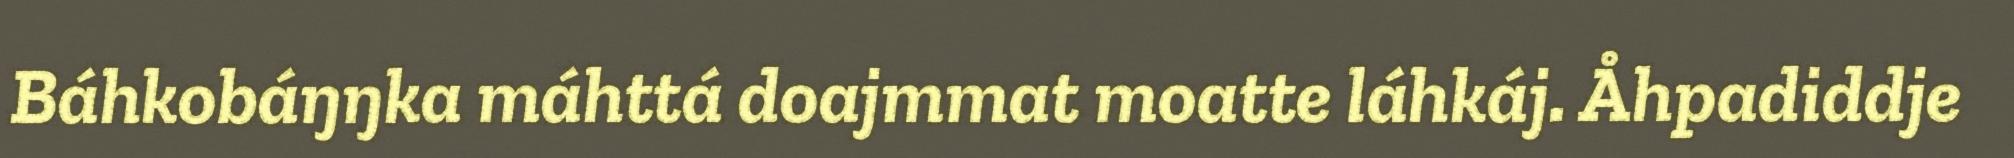
Báhkobáŋŋka máhttá doajmmat moatte láhkáj. Åhpadiddje